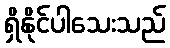
ရှိနိုင်ပါသေးသည်